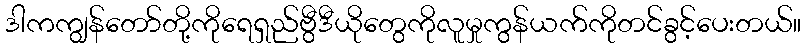
ဒါကကျွန်တော်တို့ကိုရေရှည်ဗွီဒီယိုတွေကိုလူမှုကွန်ယက်ကိုတင်ခွင့်ပေးတယ်။